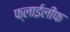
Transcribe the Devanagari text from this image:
फ्लाईलीफ